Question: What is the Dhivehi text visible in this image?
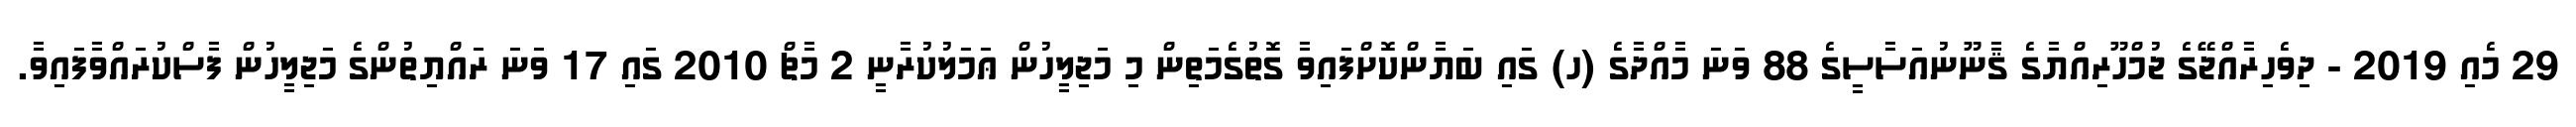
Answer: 29 މެއި 2019 - ދިވެހިރާއްޖޭގެ ޖުމްހޫރިއްޔާގެ ޤާނޫނުއަސާސީގެ 88 ވަނަ މާއްދާގެ (ހ) ގައި ބަޔާންކޮށްފައިވާ ގޮތުގެމަތިން މި މަޖިލީހުން ޢަމަލުކުރާނީ 2 މާޗް 2010 ގައި 17 ވަނަ ރައްޔިތުންގެ މަޖިލީހުން ފާސްކުރައްވާފައިވާ.